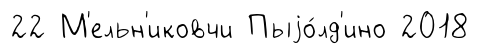
22 М'ельн'иковчи Пыjо́лд'ино 2018